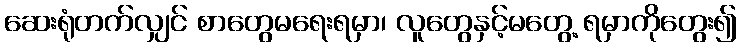
ဆေးရုံတက်လျှင် စာတွေမရေးရမှာ၊ လူတွေနှင့်မတွေ့ ရမှာကိုတွေး၍